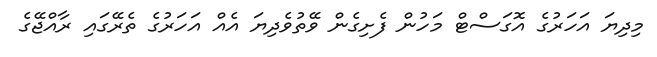
މިދިޔަ އަހަރުގެ އޮގަސްޓް މަހުން ފެށިގެން ވޭތުވެދިޔަ އެއް އަހަރުގެ ތެރޭގައި ރާއްޖޭގެ